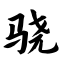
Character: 骁